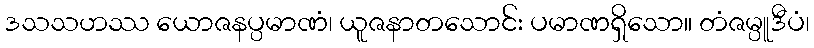
ဒသသဟဿ ယောဇနပ္ပမာဏံ၊ ယူဇနာတသောင်း ပမာဏရှိသော။ တံဇမ္ပူဒီပံ၊